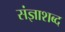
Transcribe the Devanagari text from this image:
संज्ञाशब्द